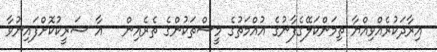
އިރާދަކުރެއްވިއްޔާ ތިމަންކަލޭގެފާނުގެ އުއްމަތުގެ މީސްތަކުންގެ ތެރެއިން   އާ ޝަރީކުކޮށްފައިނުވާ